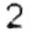
2